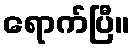
ရောက်ပြီ။